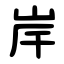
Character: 岸